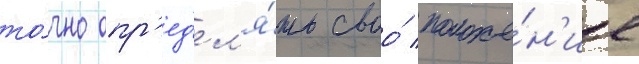
то́чно опр'ед'ел'я́ть своо́ положе́н'ие